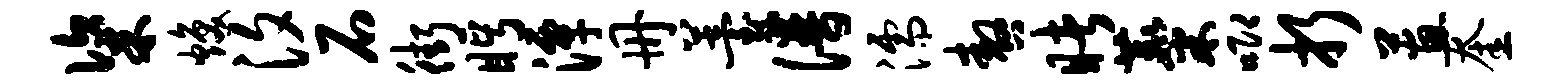
粢焕汐石街眄潭册薹谱濡嗷睹麋唧折蕙奎